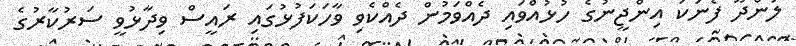
ލަންދޫ ފެނަކަ އިންޖީނުގެ ހުޅުއްވައި ދެއްވަމުން ދެއްކެވި ވާހަކަފުޅުގައި ރައީސް ވިދާޅުވީ ސަރުކާރުގެ